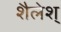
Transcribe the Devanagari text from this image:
शैलेश्